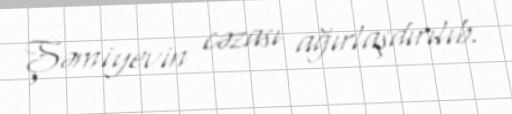
Şəmiyevin cəzası ağırlaşdırılıb.